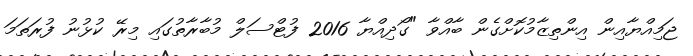
ޖަމިއްޔާއިން އިންތިޒާމުކޮށްގެން ބާއްވާ "ގޯދިއްޔާ 2016 ފުޓްސަލް މުބާރާތުގައި މިރޭ ކުޅުނު ފުރަތަމަ